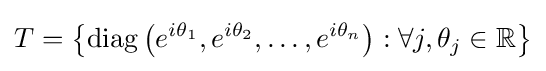
T=\left\{\operatorname {diag} \left(e^{i\theta _{1}},e^{i\theta _{2}},\dots ,e^{i\theta _{n}}\right):\forall j,\theta _{j}\in \mathbb {R} \right\}